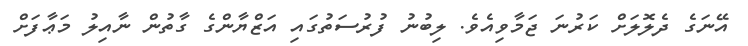
އޭނަގެ ދެލޮލަށް ކަރުނަ ޖަމާވިއެވެ. ލިބުނު ފުރުސަތުގައި އަޒްޔާންގެ ގާތުން ނާއިލު މަޢާފަށް